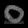
Digit: ၀